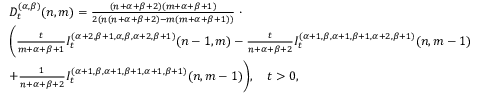
\begin{array} { r l } & { D _ { t } ^ { ( \alpha , \beta ) } ( n , m ) = \frac { ( n + \alpha + \beta + 2 ) ( m + \alpha + \beta + 1 ) } { 2 ( n ( n + \alpha + \beta + 2 ) - m ( m + \alpha + \beta + 1 ) ) } \; \cdot } \\ & { \Bigg ( \frac { t } { m + \alpha + \beta + 1 } I _ { t } ^ { ( \alpha + 2 , \beta + 1 , \alpha , \beta , \alpha + 2 , \beta + 1 ) } { ( n - 1 , m ) } - \frac { t } { n + \alpha + \beta + 2 } I _ { t } ^ { ( \alpha + 1 , \beta , \alpha + 1 , \beta + 1 , \alpha + 2 , \beta + 1 ) } { ( n , m - 1 ) } } \\ & { + \frac { 1 } { n + \alpha + \beta + 2 } I _ { t } ^ { ( \alpha + 1 , \beta , \alpha + 1 , \beta + 1 , \alpha + 1 , \beta + 1 ) } { ( n , m - 1 ) } \Bigg ) , \quad t > 0 , } \end{array}